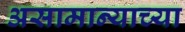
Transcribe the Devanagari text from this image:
असामान्याच्या